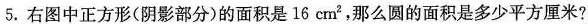
5.右图中正方形(阴影部分)的面积是16 cm^{2}，那么圆的面积是多少平方厘米?